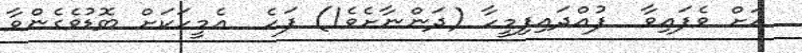
އަށް ވެފައިވާ  ފުއްދައިފިމީހާ (ދަންނާށެވެ!) ފަހެ  އެމީހަކަށް ބޮޑުވެގެންވާ